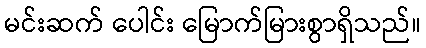
မင်းဆက် ပေါင်း မြောက်မြားစွာရှိသည်။